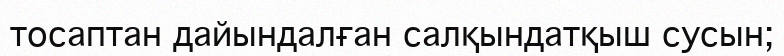
тосаптан дайындалған салқындатқыш сусын;